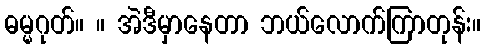
ဓမ္မဂုတ်။ ။ အဲဒီမှာနေတာ ဘယ်လောက်ကြာတုန်း။